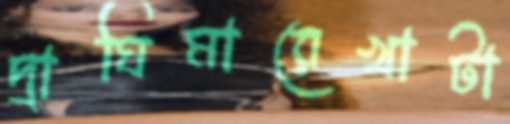
দ্রাঘিমারেখাটা